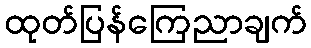
ထုတ်ပြန်ကြေညာချက်